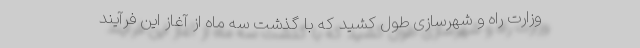
وزارت راه و شهرسازی طول کشید که با گذشت سه ماه از آغاز این فرآیند